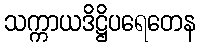
သက္ကာယဒိဋ္ဌိပရေတေန